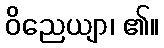
ဝိညေယျာ၊ ၏။